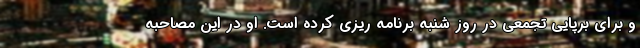
و برای برپایی تجمعی در روز شنبه برنامه ریزی کرده است. او در این مصاحبه